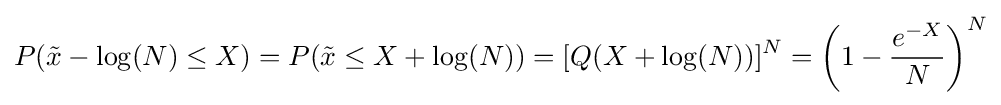
P({\tilde {x}}-\log(N)\leq X)=P({\tilde {x}}\leq X+\log(N))=[Q(X+\log(N))]^{N}=\left(1-{\frac {e^{-X}}{N}}\right)^{N}